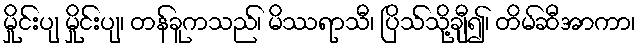
မှိုင်းပျ မှိုင်းပျ၊ တန်ခူကသည်၊ မိဿရာသီ၊ ပြိသ်သို့ချီ၍၊ တိမ်ဆီအာကာ၊